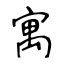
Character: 寓